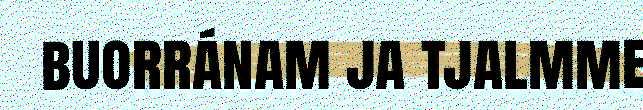
buorránam ja tjalmme